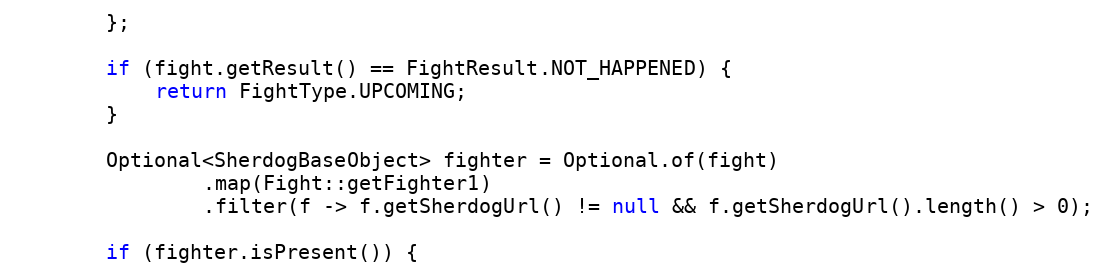
Language: Java
        };

        if (fight.getResult() == FightResult.NOT_HAPPENED) {
            return FightType.UPCOMING;
        }

        Optional<SherdogBaseObject> fighter = Optional.of(fight)
                .map(Fight::getFighter1)
                .filter(f -> f.getSherdogUrl() != null && f.getSherdogUrl().length() > 0);

        if (fighter.isPresent()) {